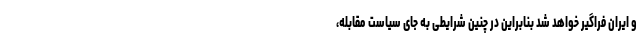
و ایران فراگیر خواهد شد بنابراین در چنین شرایطی به جای سیاست مقابله،